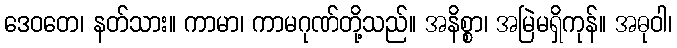
ဒေဝတေ၊ နတ်သား။ ကာမာ၊ ကာမဂုဏ်တို့သည်။ အနိစ္စာ၊ အမြဲမရှိကုန်။ အဓုဝါ၊